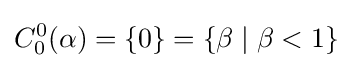
C_{0}^{0}(\alpha )=\{0\}=\{\beta \mid \beta <1\}